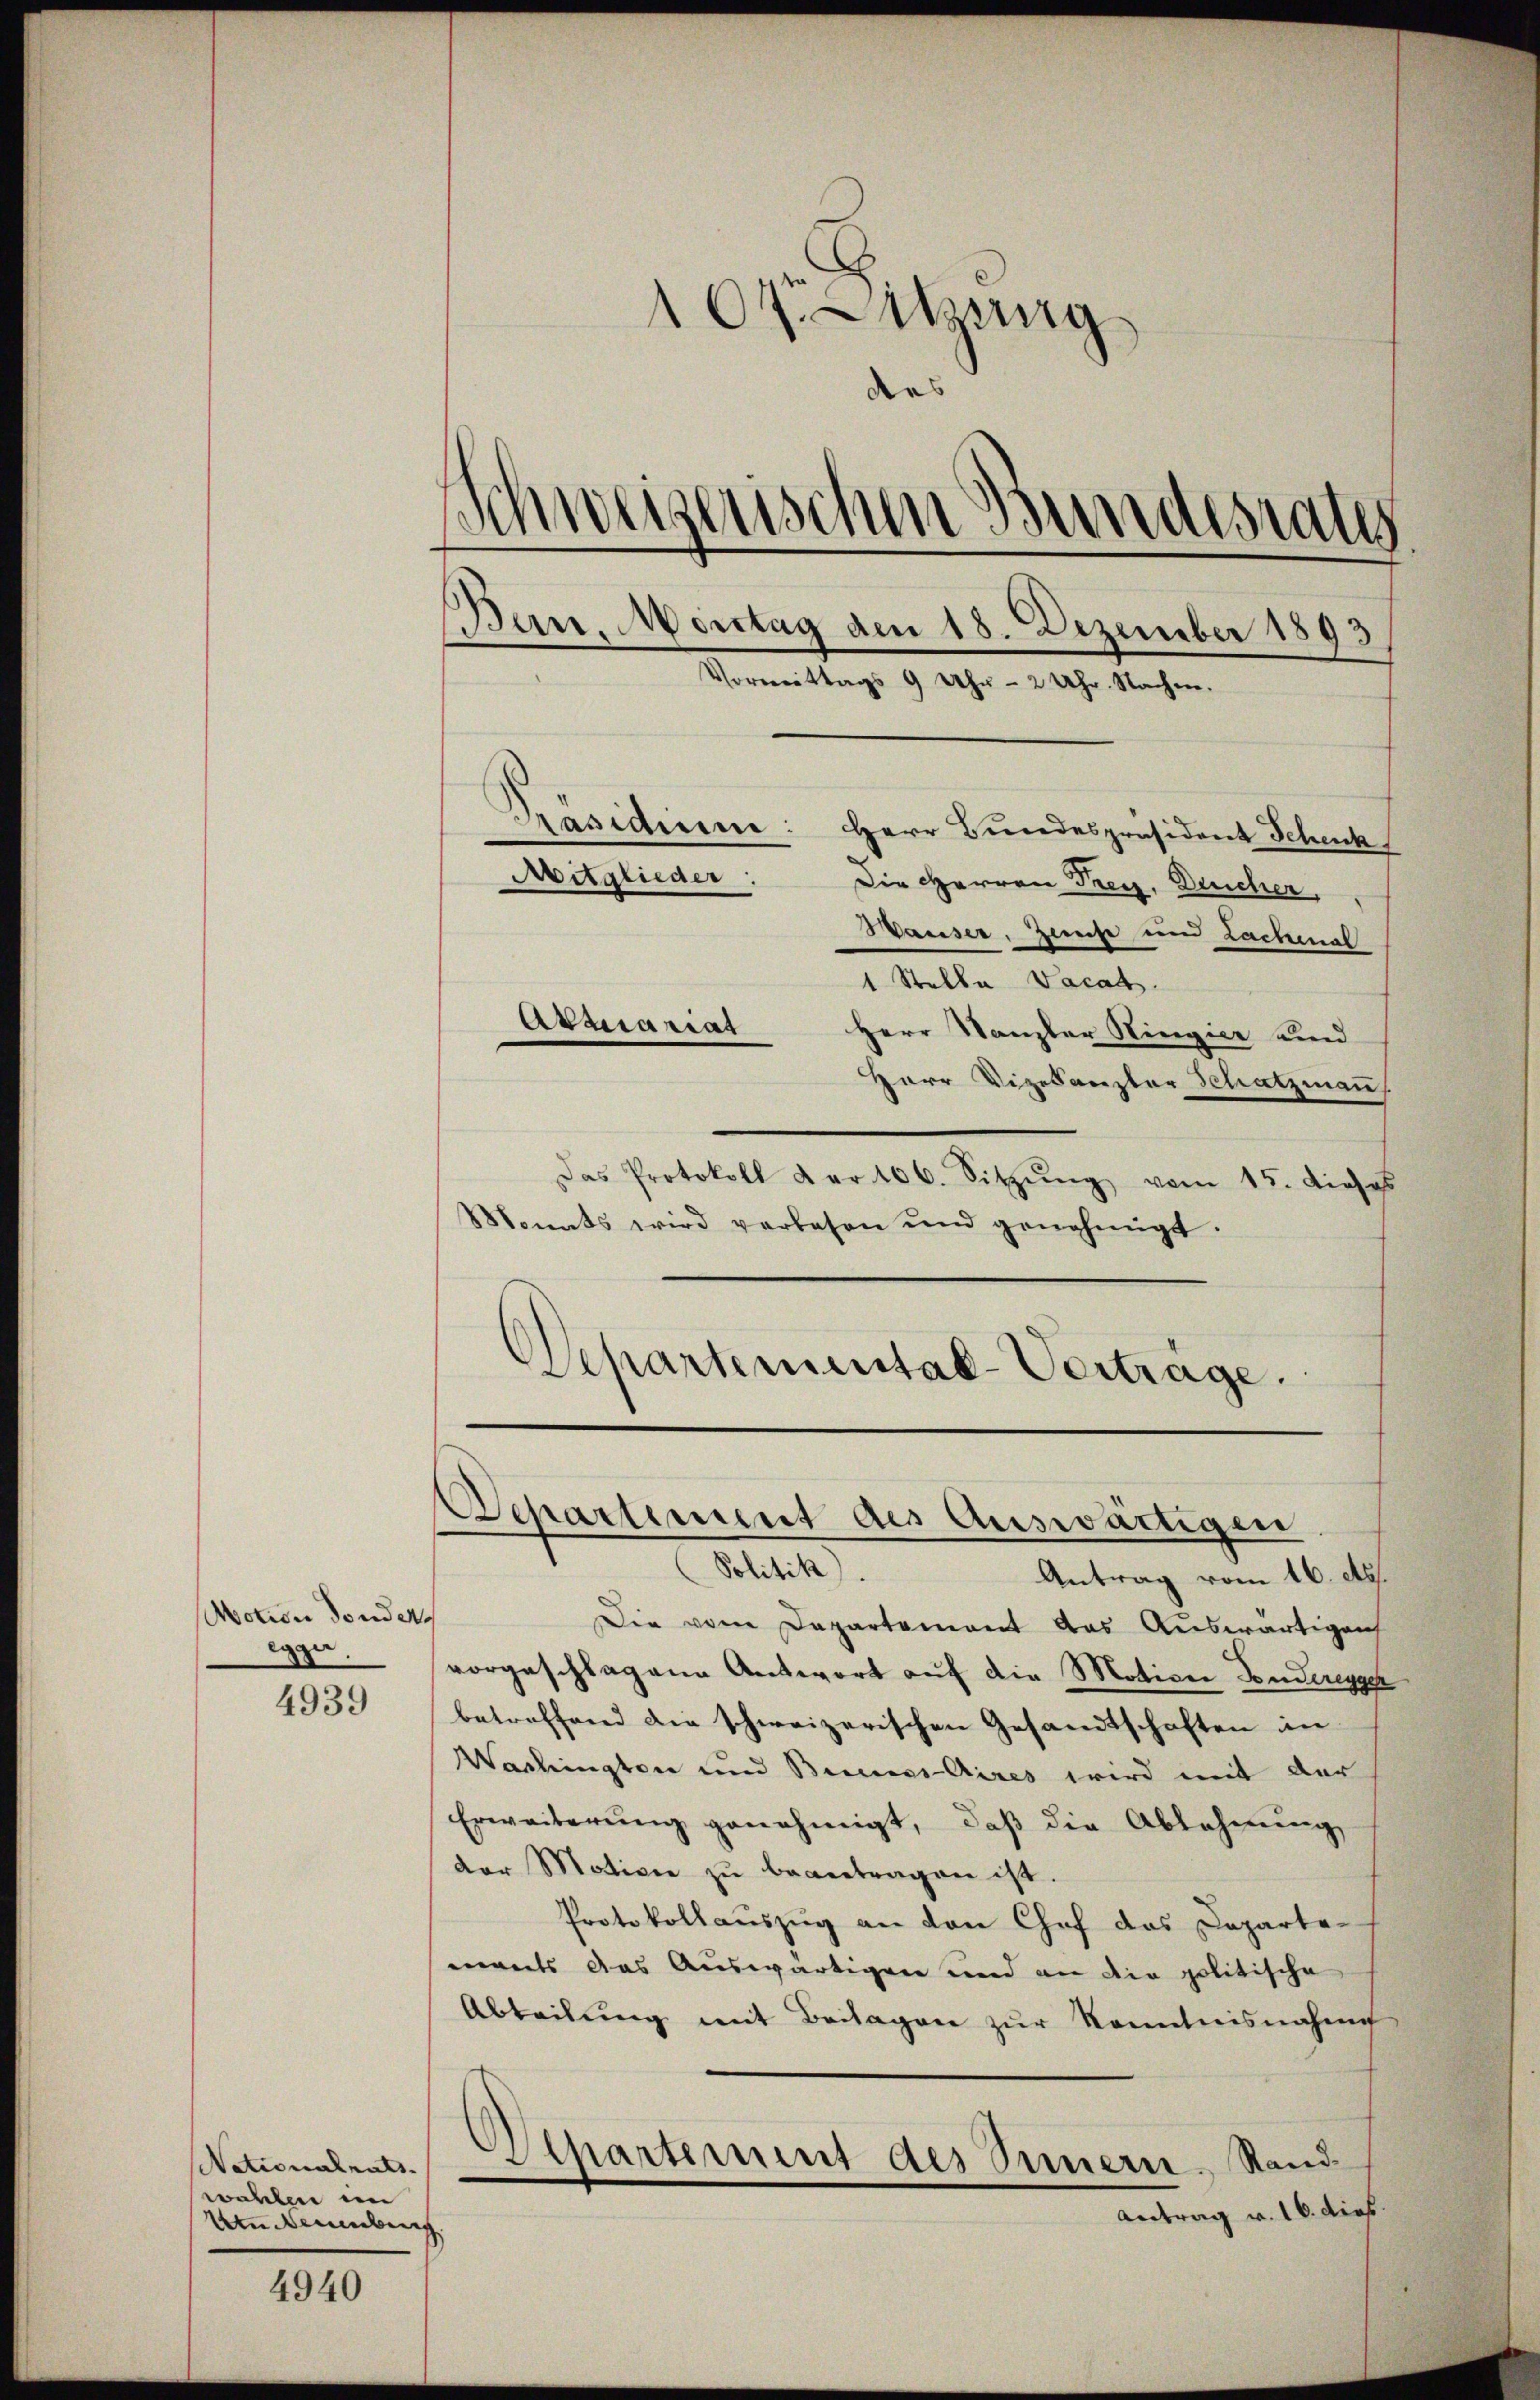
Motion donder.
egger

4939

Nationalrats.
wahlen im
Aen Menebens

4940

107. thung
s
weizerischen Bundesrates
Ban, Montag den 18. Dezember 1893
Vormittags 9 Uhr - 2 Uhr. Nachen.
Präsidium: Herr Bundespräsident Schenk
Mitglieder:
Die Herren Frey, Durcher,
Hauser, Zweife und Lachenal
1 Stelle Vacat.

Herr Stanzler Ringier und
Herr Vizekanzler Schatzmau
Das Protokoll der 166. Sitzŭng vom 15. dieses
Monats wird verlesen ŭnd genehmigt.
Antrag vom 16. ds.
Die vom Departement das Auswärtigen
vorgeschlagene Antwort auf die Motive Bunderegger
betreffend die schweizerischen Gesandtschaften in
Washington und Bergs-Aires wird mit der
Erweiterŭng genehmigt, daβ die Ablehnŭng
der Motive zŭ beantragen ist.
Protokollauszug an den Chef das Departemants das Auswärtigen und an die politische
Abteilŭng mit Beilagen zŭr Kenntnisnahme
Departement des Simmern. Stand
Antrag v. 16. dies

Abmariat

Schartemental-Vertrage.
Departement des Auswärtigen
Altik